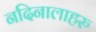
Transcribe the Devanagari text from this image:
नदिनालाहरु